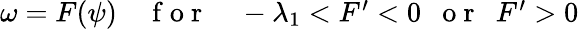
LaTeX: \begin{array}{r}{\omega=F(\psi)\quad\mathrm{~f~o~r~}\quad-\lambda_{1}<F^{\prime}<0\ \ \mathrm{~o~r~}\ \ F^{\prime}>0}\end{array}